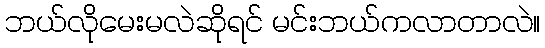
ဘယ်လိုမေးမလဲဆိုရင် မင်းဘယ်ကလာတာလဲ။